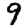
Digit: 9